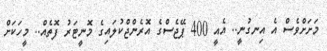
މަށަށްވެސް އެ އިނގުނީ.. އެއީ 400 ޕޭޖެސްގެ އޮރެންޖްކުލައިގެ މޮނީޓަރު ފޮތެއް.. މީހަކަށް